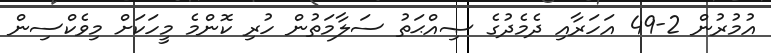
އުމުރުން 2-49 އަހަރާއި ދެމެދުގެ ޞިއްޙަތު ސަލާމަތުން ހުރި ކޮންމެ މީހަކަށް މިވެކްސިން